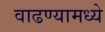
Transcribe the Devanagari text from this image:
वाढण्यामध्ये